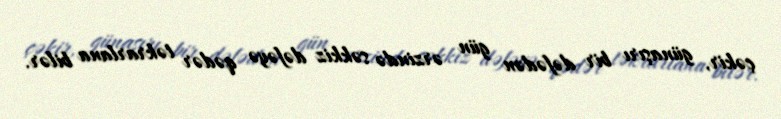
çəkir, günaşırı bir dəfədən gün ərzində səkkiz dəfəyə qədər təkrarlana bilər.